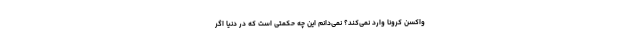
واکسن کرونا وارد نمی‌کند؟ نمی‌دانم این چه حکمتی است که در دنیا اگر